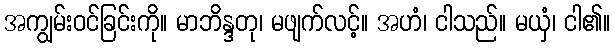
အကျွမ်းဝင်ခြင်းကို။ မာဘိန္ဒတု၊ မဖျက်လင့်။ အဟံ၊ ငါသည်။ မယှံ၊ ငါ၏။